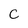
Character: C